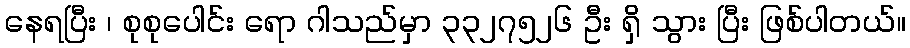
နေရပြီး ၊ စုစုပေါင်း ရော ဂါသည်မှာ ၃၃၂၇၅၂၆ ဦး ရှိ သွား ပြီး ဖြစ်ပါတယ်။